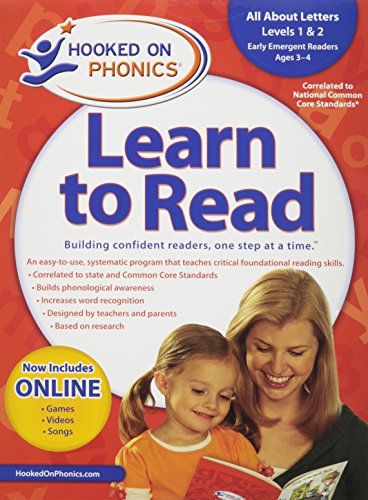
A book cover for Amazon Exclusive Hooked on Phonics Learn to Read Pre-K Complete with BONUS; Hooked On Phonics.; Children's Books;